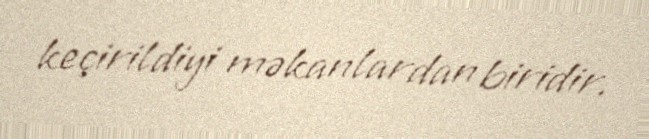
keçirildiyi məkanlardan biridir.